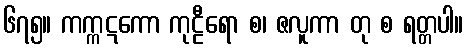
၆၇၅။ ကက္ကဋကော ကုဠီရော စ၊ ဇလူကာ တု စ ရတ္တပါ။